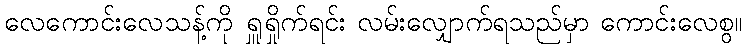
လေကောင်းလေသန့်ကို ရှူရှိုက်ရင်း လမ်းလျှောက်ရသည်မှာ ကောင်းလေစွ။